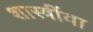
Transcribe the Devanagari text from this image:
शास्त्रींवा